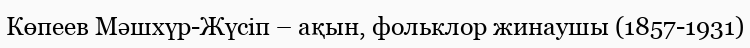
Көпеев Мәшхүр-Жүсіп – ақын, фольклор жинаушы (1857-1931)